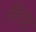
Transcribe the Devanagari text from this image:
किराद